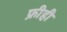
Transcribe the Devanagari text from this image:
फ्रीही